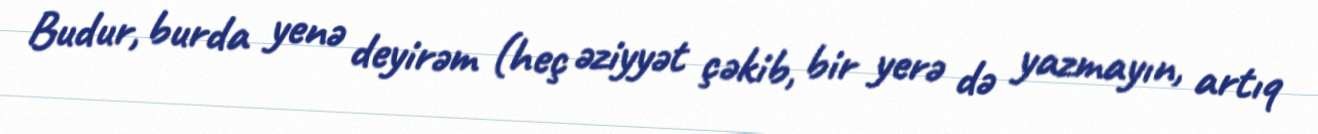
Budur, burda yenə deyirəm (heç əziyyət çəkib, bir yerə də yazmayın, artıq